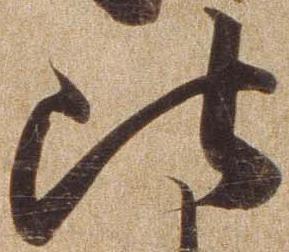
比